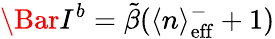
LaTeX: \Bar{I}^{b}=\tilde{\beta}(\langle n\rangle_{\mathrm{eff}}^{-}+1)